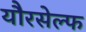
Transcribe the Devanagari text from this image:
यौरसेल्फ